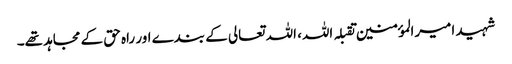
شہید امیرالمؤمنین تقبلہ اللہ، اللہ تعالی کے بندے اور راہ حق کے مجاہد تھے۔